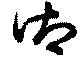
御